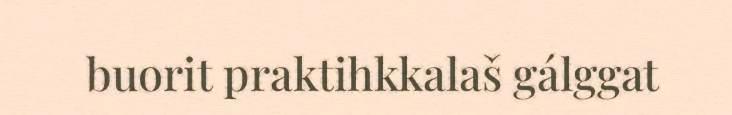
buorit praktihkkalaš gálggat